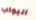
البواب